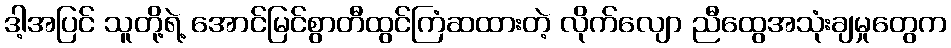
ဒါ့အပြင် သူတို့ရဲ့ အောင်မြင်စွာတီထွင်ကြံဆထားတဲ့ လိုက်လျော ညီထွေအသုံးချမှုတွေက